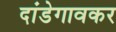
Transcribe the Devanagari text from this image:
दांडेगावकर